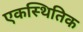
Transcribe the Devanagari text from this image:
एकस्थितिक